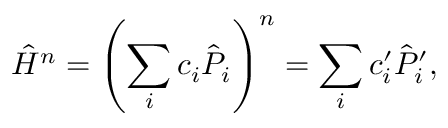
\hat { H } ^ { n } = \left( \sum _ { i } c _ { i } \hat { P } _ { i } \right) ^ { n } = \sum _ { i } c _ { i } ^ { \prime } \hat { P } _ { i } ^ { \prime } ,